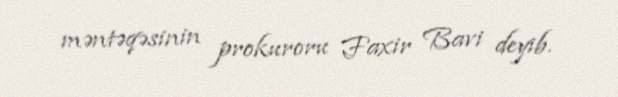
məntəqəsinin prokuroru Faxir Bavi deyib.